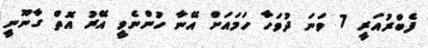
ފެބްރުއަރީ 7 ވަނަ ދުވަހާ ހަމައަށް އޭނާ ހުންނެވީ އޭރު އޮތް ގާނޫނީ